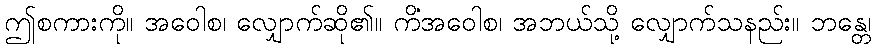
ဤစကားကို။ အဝေါစ၊ လျှောက်ဆို၏။ ကိံအဝေါစ၊ အဘယ်သို့ လျှောက်သနည်း။ ဘန္တေ၊